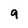
Character: 9